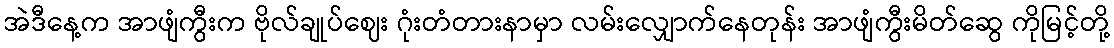
အဲဒီနေ့က အာဖျံကွီးက ဗိုလ်ချုပ်ဈေး ဂုံးတံတားနာမှာ လမ်းလျှောက်နေတုန်း အာဖျံကွီးမိတ်ဆွေ ကိုမြင့်တို့